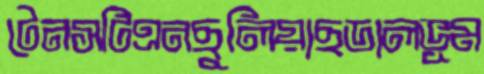
টেনসটিএনছুলিয়াছডালভূম